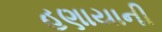
હણાયાની